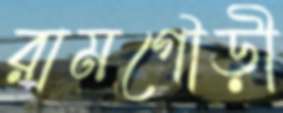
রামগৌড়ী